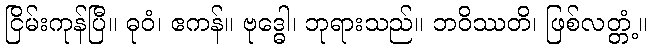
ငြိမ်းကုန်ပြီ။ ဓုဝံ၊ ဧကန်။ ဗုဒ္ဓေါ၊ ဘုရားသည်။ ဘဝိဿတိ၊ ဖြစ်လတ္တံ့။